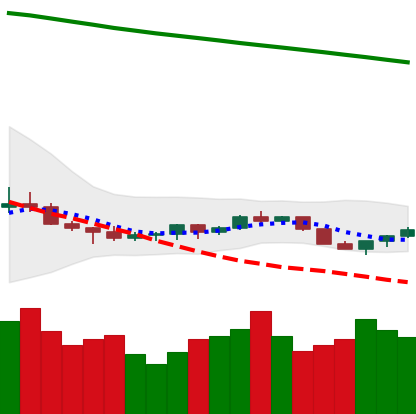
Ticker: ETC-USD
Chart end date: 2022-07-15
Forward return: 54.514%
Label: up_7plus